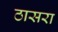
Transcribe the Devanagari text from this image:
ठासरा